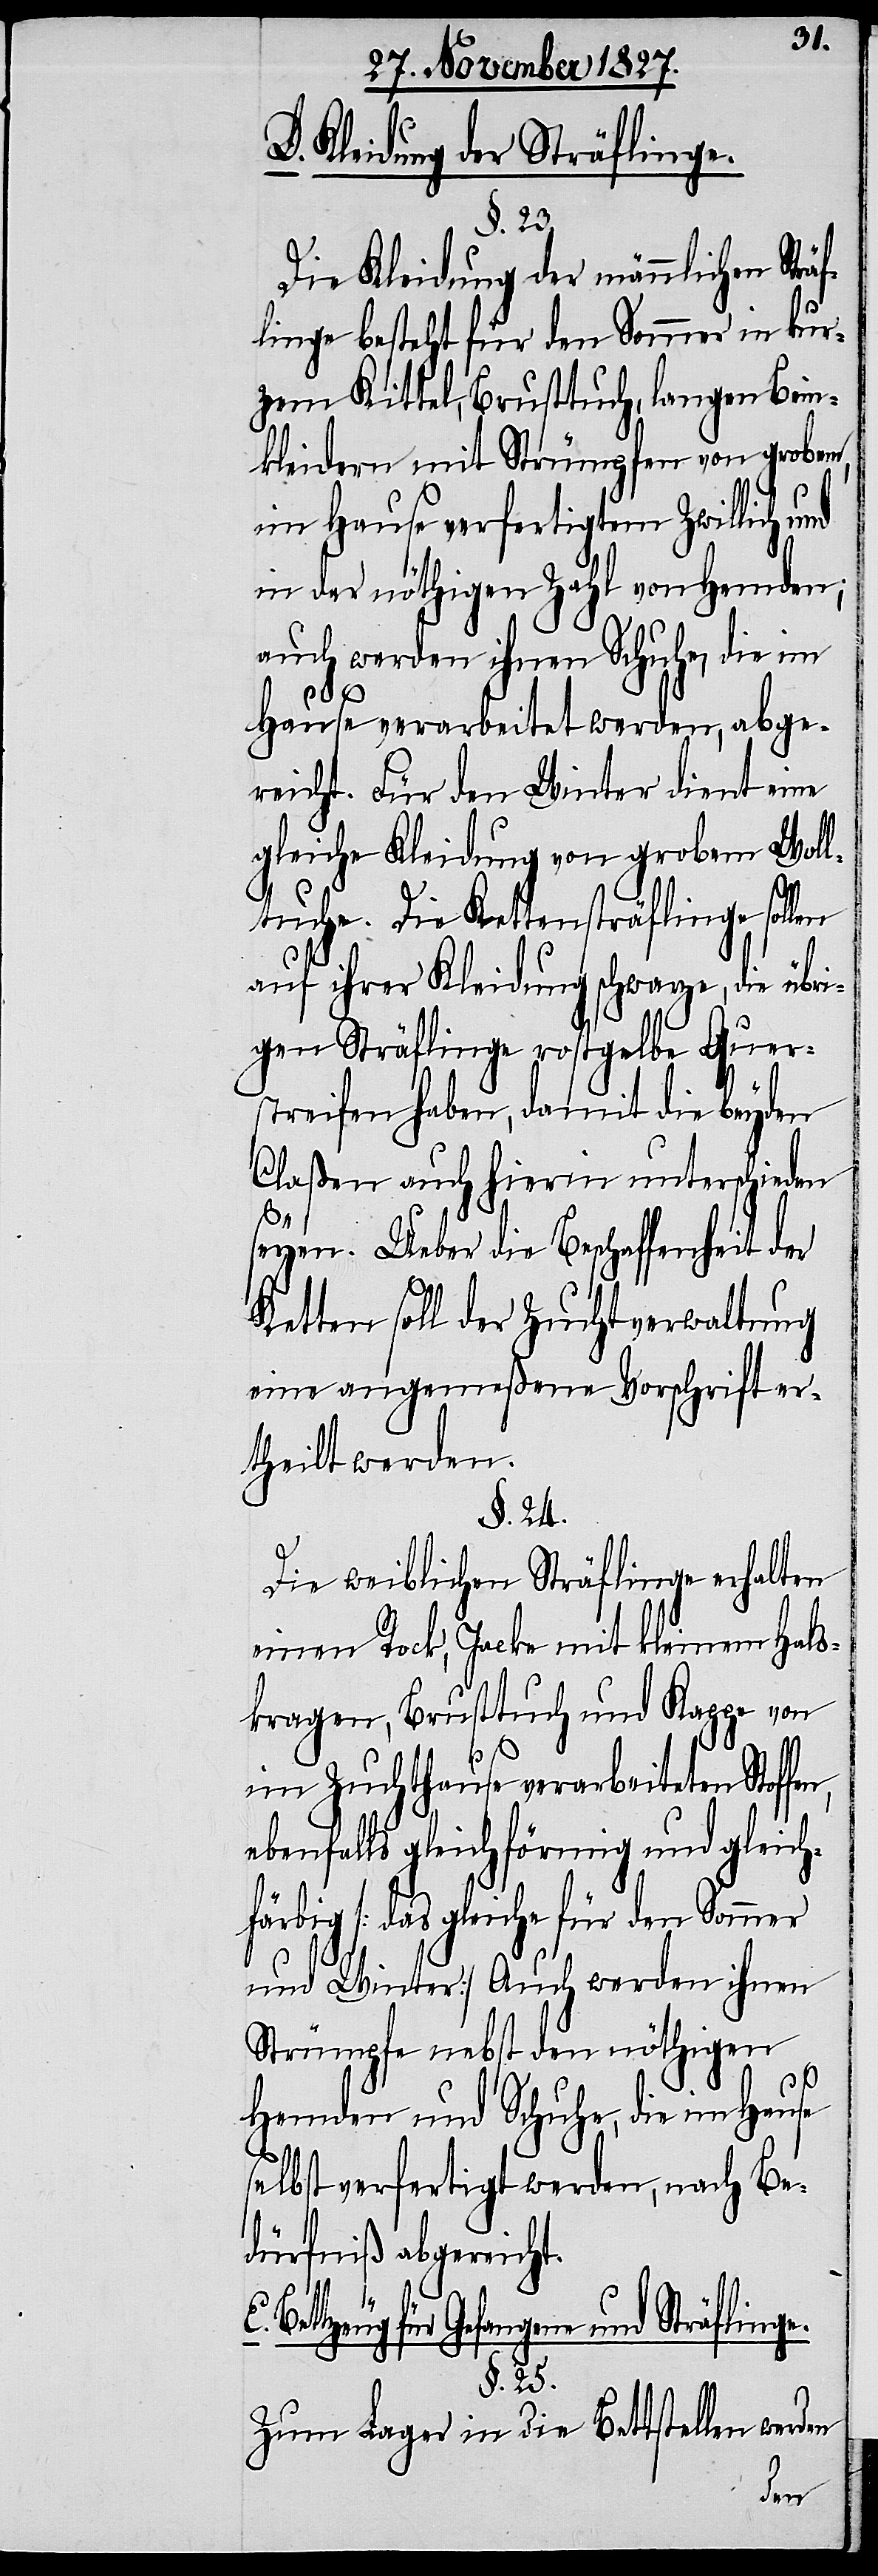
D. Kleidung der Sträflinge.
§. 23.
Die Kleidung der männlichen Strä¬
flinge besteht für den Sommer in kur¬
zem Kittel, Brusttuch, langen Bein¬
kleidern mit Strümpfen von grobem,
im Hause verfertigten Zwillich und
in der nöthigen Zahl von Hemden;
auch werden ihnen Schuhe, die im
Hause verarbeitet werden, abge¬
reicht. Für den Winter dient eine
gleiche Kleidung von grobem Woll¬
tuche. Die Kettensträflinge sol¬
auf ihrer Kleidung schwarze, die übri¬
gen Sträflinge rostgelbe Quer¬
streifen haben, damit die beyden
Claßen auch hierin unterschieden
seyen. Ueber die Beschaffenheit der
Ketten soll der Zuchtverwaltung
eine angemeßene Vorschrift er¬
theilt werden.
§. 24.
Die weiblichen Sträflinge erhalten
einen Rock, Jacke mit kleinem Hals¬
kragen, Brusttuch und Kappe von
im Zuchthause verarbeiteten Stoffen,
ebenfalls gleichförmig und gleich¬
färbig [das gleiche für den Sommer
und Winter] Auch werden ihnen
Strümpfe nebst den nöthigen
Hemden und Schuhe, die im Hause
selbst verfertigt werden, nach Be¬
dürfniß abgereicht.
E. Bettzeug für Gefangene und Sträflinge.
§. 25.
Zum Lager in die Bettstellen wer¬
den